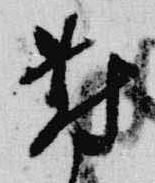
対